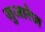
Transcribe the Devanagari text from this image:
जुआरेज